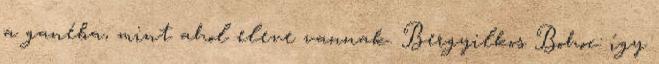
a ganéba, mint ahol eleve vannak. Bergyilkos Bohoc: így